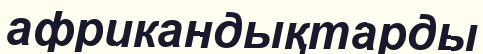
африкандықтарды